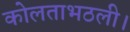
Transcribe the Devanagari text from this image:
कोलताभठली।